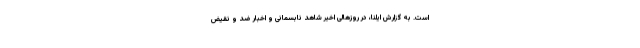
است. به گزارش ایلنا، در روزهالی اخیر شاهد نابسمانی و اخبار ضد و نقیض